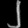
Digit: ၂